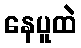
နေပူထဲ